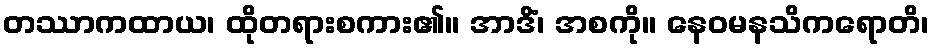
တဿာကထာယ၊ ထိုတရားစကား၏။ အာဒိံ၊ အစကို။ နေဝမနသိကရောတိ၊